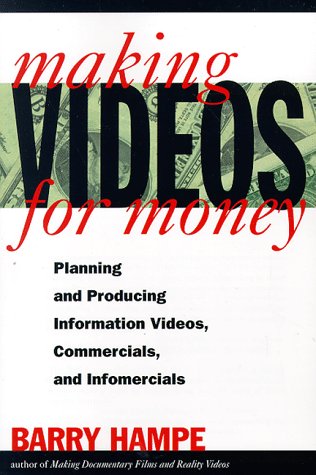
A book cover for Making Videos for Money: Planning and Producing Information Videos, Commercials, and Infomercials; Barry Hampe; Humor & Entertainment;